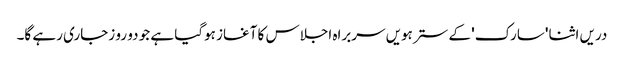
دریں اثنا 'سارک' کے سترہویں سربراہ اجلاس کا آغاز ہوگیا ہے جو دو رو زجاری رہے گا۔